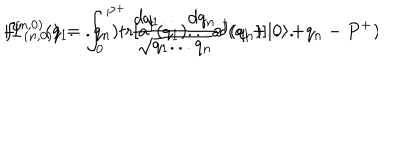
| \Psi _ { ( n , 0 ) } \rangle = \int _ { 0 } ^ { P ^ { + } } { \frac { d q _ { 1 } \dots d q _ { n } } { \sqrt { q _ { 1 } . . . q _ { n } } } } \delta ( q _ { 1 } + . . . + q _ { n } - P ^ { + } ) \hspace { 1 m m } f ^ { ( n , 0 ) } ( q _ { 1 } . . . q _ { n } ) \mathrm { t r } [ a ^ { \dagger } ( q _ { 1 } ) . . . a ^ { \dagger } ( q _ { n } ) ] | 0 \rangle .